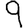
Digit: 9